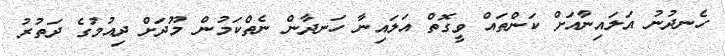
ހެނދުނު އަލައިނާއަށް ކަންތައް ވީގޮތް އަލައިނާ ހަނދާން ނެތްކަމުން މޫދަށް ދިއުމުގެ ދަތުރު